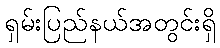
ရှမ်းပြည်နယ်အတွင်းရှိ